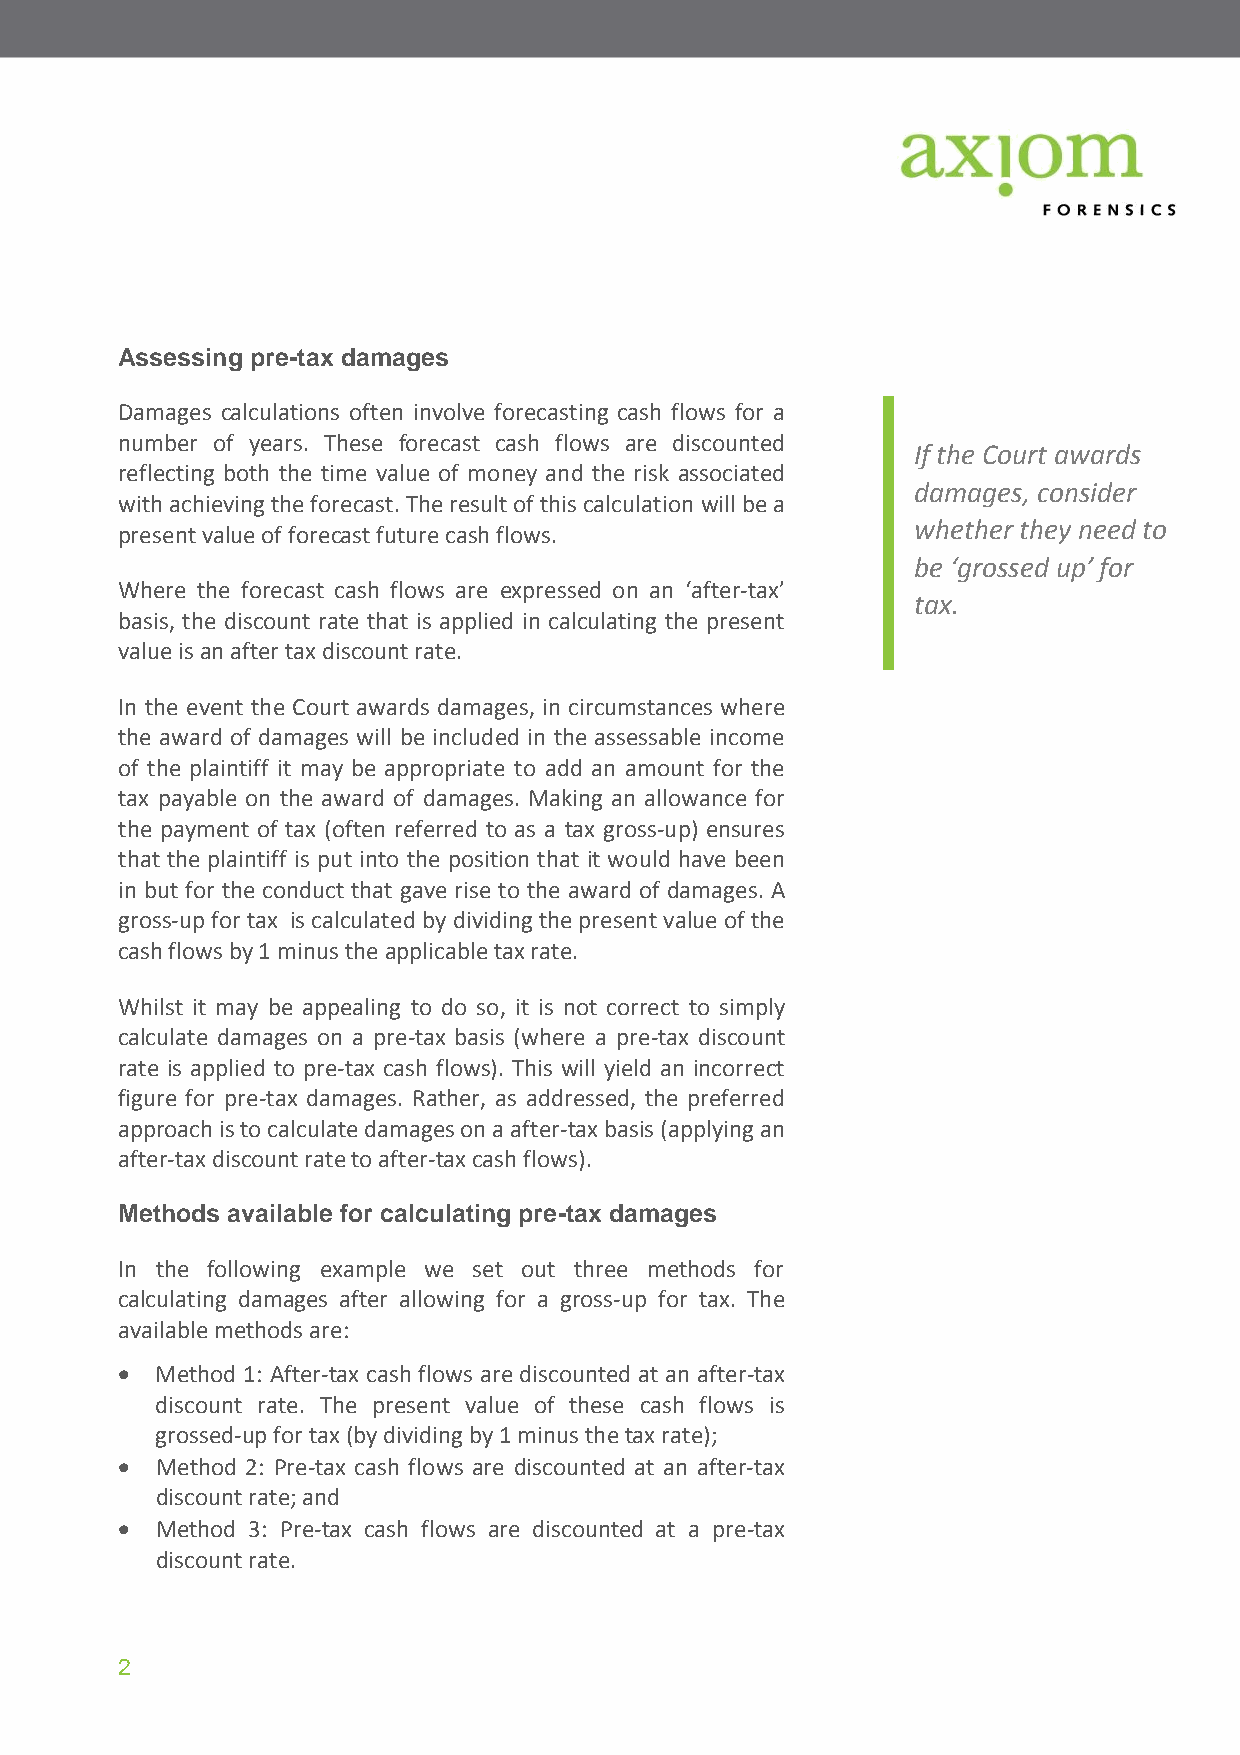
Assessing pre-tax damages
 Damages calculations often involve forecasting cash flows for a
 number of years. These forecast cash flows are discounted
 If the Court awards
 reflecting both the time value of money and the risk associated
 damages, consider
 with achieving the forecast. The result of this calculation will be a
 whether they need to
 present value of forecast future cash flows.
 be ‘grossed up’ for
 Where the forecast cash flows are expressed on an ‘after-tax’
 tax.
 basis, the discount rate that is applied in calculating the present
 value is an after tax discount rate.
 In the event the Court awards damages, in circumstances where
 the award of damages will be included in the assessable income
 of the plaintiff it may be appropriate to add an amount for the
 tax payable on the award of damages. Making an allowance for
 the payment of tax (often referred to as a tax gross-up) ensures
 that the plaintiff is put into the position that it would have been
 in but for the conduct that gave rise to the award of damages. A
 gross-up for tax is calculated by dividing the present value of the
 cash flows by 1 minus the applicable tax rate.
 Whilst it may be appealing to do so, it is not correct to simply
 calculate damages on a pre-tax basis (where a pre-tax discount
 rate is applied to pre-tax cash flows). This will yield an incorrect
 figure for pre-tax damages. Rather, as addressed, the preferred
 approach is to calculate damages on a after-tax basis (applying an
 after-tax discount rate to after-tax cash flows).
 Methods available for calculating pre-tax damages
 In the following example we set out three methods for
 calculating damages after allowing for a gross-up for tax. The
 available methods are:
  Method 1: After-tax cash flows are discounted at an after-tax
 discount rate. The present value of these cash flows is
 grossed-up for tax (by dividing by 1 minus the tax rate);
  Method 2: Pre-tax cash flows are discounted at an after-tax
 discount rate; and
  Method 3: Pre-tax cash flows are discounted at a pre-tax
 discount rate.
 2